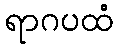
ရာဂပထံ